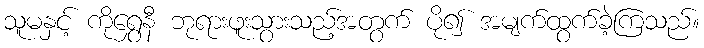
သူမနှင့် ကိုရွှေနီ ဘုရားဖူးသွားသည့်အတွက် ပို၍ အမျက်ထွက်ခဲ့ကြသည်။